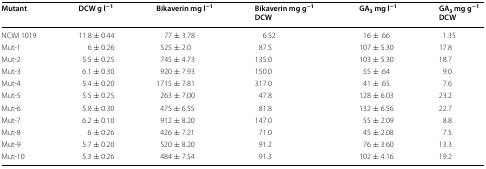
<table><thead><tr><td><b>Mutant</b></td><td><b>DCW g l<sup>−1</sup></b></td><td><b>Bikaverin mg l<sup>−1</sup></b></td><td><b>Bikaverin mg g<sup>−1</sup> DCW</b></td><td><b>GA<sub>3</sub> mg l<sup>−1</sup></b></td><td><b>GA<sub>3</sub> mg g<sup>−1</sup> DCW</b></td></tr></thead><tbody><tr><td>NCIM 1019</td><td>11.8 ± 0.44</td><td>77 ± 3.78</td><td>6.52</td><td>16 ± .66</td><td>1.35</td></tr><tr><td>Mut-1</td><td>6 ± 0.26</td><td>525 ± 2.0</td><td>87.5</td><td>107 ± 5.30</td><td>17.8</td></tr><tr><td>Mut-2</td><td>5.5 ± 0.25</td><td>745 ± 4.73</td><td>135.0</td><td>103 ± 5.30</td><td>18.7</td></tr><tr><td>Mut-3</td><td>6.1 ± 0.30</td><td>920 ± 7.93</td><td>150.0</td><td>55 ± .64</td><td>9.0</td></tr><tr><td>Mut-4</td><td>5.4 ± 0.20</td><td>1715 ± 7.81</td><td>317.0</td><td>41 ± .65</td><td>7.6</td></tr><tr><td>Mut-5</td><td>5.5 ± 0.25</td><td>263 ± 7.00</td><td>47.8</td><td>128 ± 6.03</td><td>23.2</td></tr><tr><td>Mut-6</td><td>5.8 ± 0.30</td><td>475 ± 6.55</td><td>81.8</td><td>132 ± 6.56</td><td>22.7</td></tr><tr><td>Mut-7</td><td>6.2 ± 0.10</td><td>912 ± 8.20</td><td>147.0</td><td>55 ± 2.09</td><td>8.8</td></tr><tr><td>Mut-8</td><td>6 ± 0.26</td><td>426 ± 7.21</td><td>71.0</td><td>45 ± 2.08</td><td>7.5</td></tr><tr><td>Mut-9</td><td>5.7 ± 0.20</td><td>520 ± 8.20</td><td>91.2</td><td>76 ± 3.60</td><td>13.3</td></tr><tr><td>Mut-10</td><td>5.3 ± 0.26</td><td>484 ± 7.54</td><td>91.3</td><td>102 ± 4.16</td><td>19.2</td></tr></tbody></table>